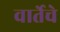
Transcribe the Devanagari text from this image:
वार्तेचे